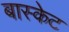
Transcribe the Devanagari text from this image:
बास्‍केट